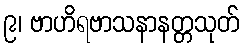
၉၊ ဗာဟိရဗာသနာနတ္တသုတ်